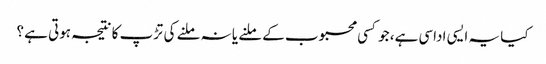
کیا یہ ایسی اداسی ہے، جو کسی محبوب کے ملنے یا نہ ملنے کی تڑپ کا نتیجہ ہوتی ہے ؟